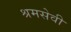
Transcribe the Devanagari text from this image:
श्रमसेवी